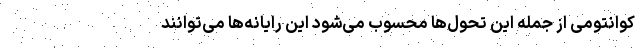
کوانتومی از جمله این تحول‌ها محسوب می‌شود این رایانه‌ها می‌توانند